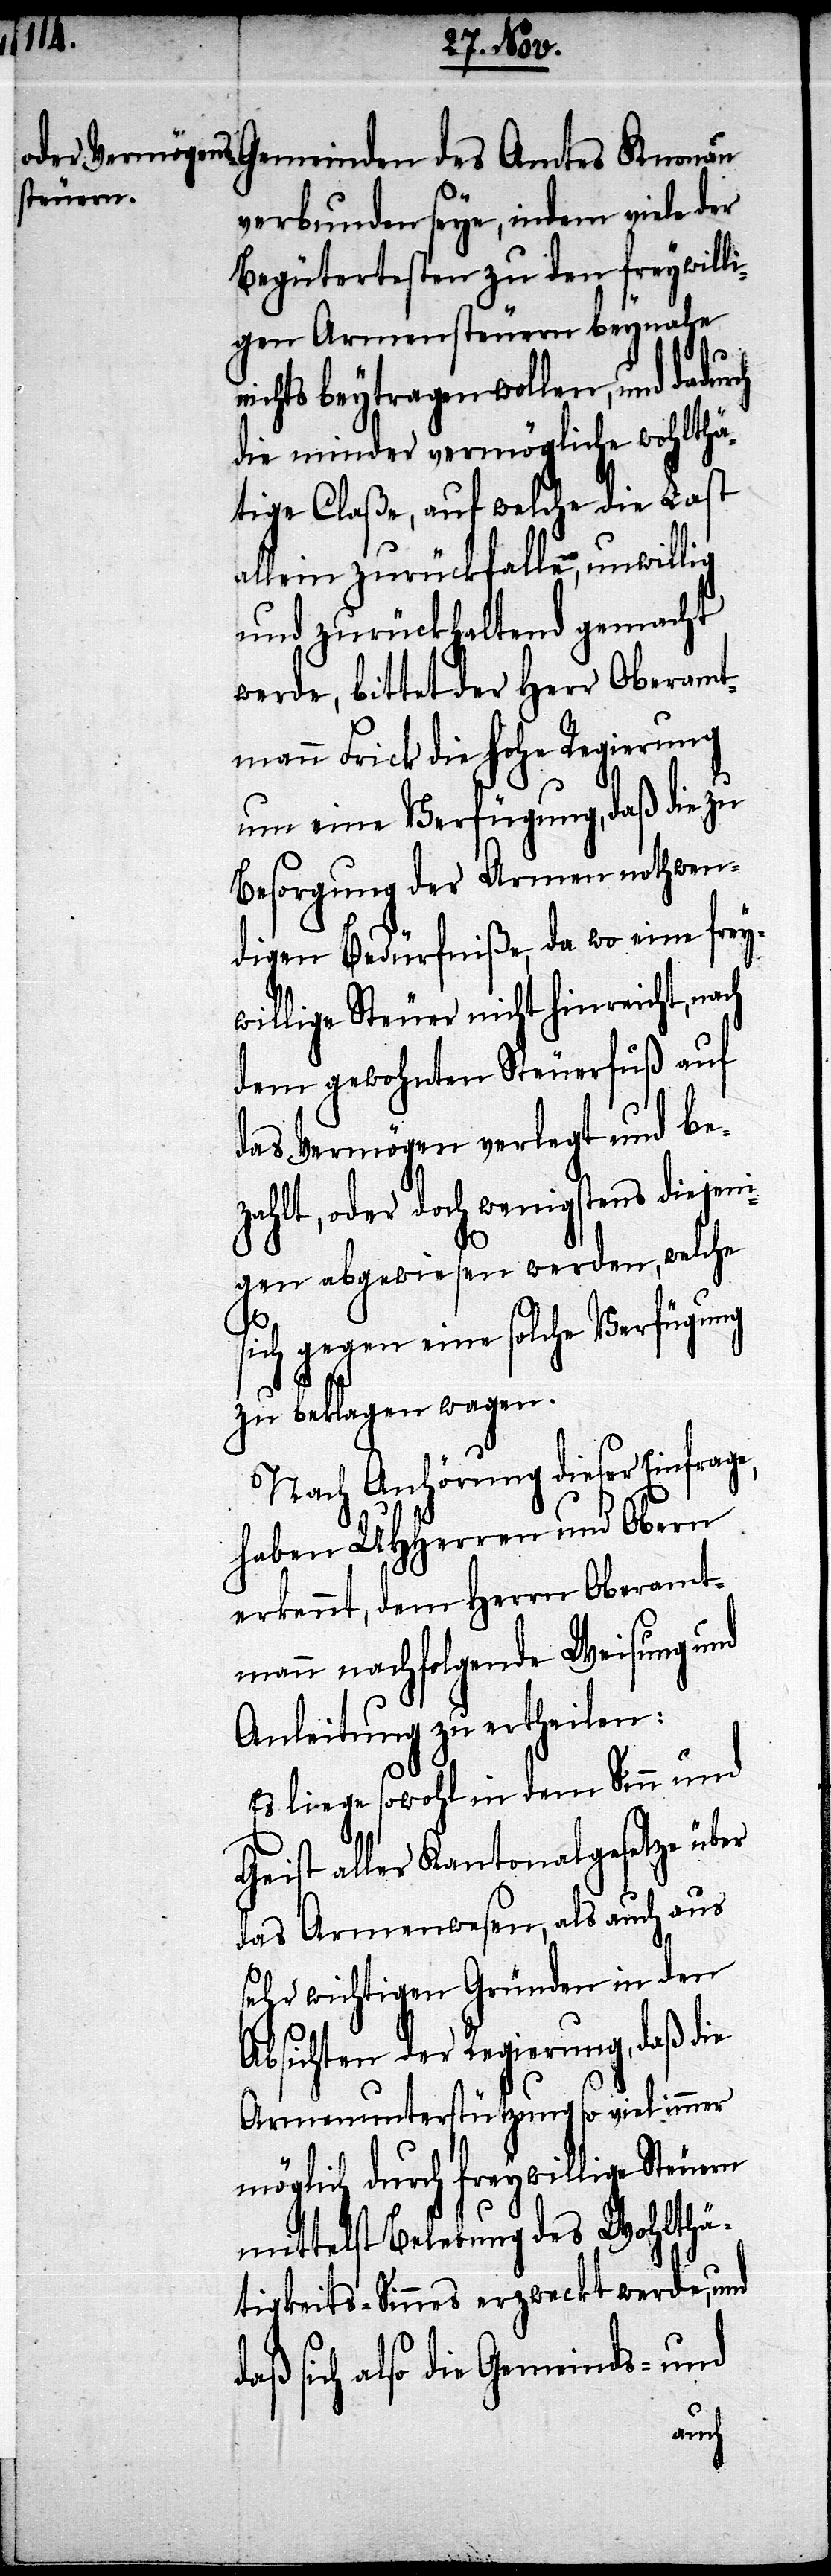
Gemeinden des Amtes Knonau
verbunden seye, indem viele der
Begütertsten zu den freywilli¬
gen Armensteuern beynahe
nichts beytragen wollen, und dadur¬
die minder vermögliche wohlthä¬
tige Claße, auf welche die Last
allein zurückfalle, unwillig
und zurückhaltend gemacht
werde, bittet der Herr Oberamt¬
mann Frick die Hohe Regierung
um eine Verfügung, daß die zu
Besorgung der Armen nothwen¬
digen Bedürfniße, da wo eine frey¬
willige Steuer nicht hinreicht, n¬
dem gewohnten Steuerfuß auf
das Vermögen verlegt und be¬
zahlt, oder doch wenigstens diejen¬
igen abgewiesen werden, welche
sich gegen eine solche Verfügung
zu beklagen wagen.
Nach Anhörung dieser Einfrage,
haben UHHerren und Obern
erkennt, dem Herrn Oberamt¬
mann nachfolgende Weisung und
Anleitung zu ertheilen:
Es liege sowohl in dem Sinn und
Geist aller Kantonalgesetze über
das Armenwesen, als auch aus
sehr wichtigen Gründen in den
Absichten der Regierung, daß die
Armenunterstützung so viel immer
möglich durch freywillige Steuern
mittelst Belebung des Wohlthä¬
tigkeits-Sinnes erzweckt werde, und
sich also die Gemeinds- und
ach